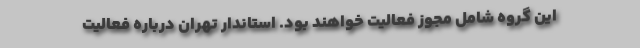
این گروه شامل مجوز فعالیت خواهند بود. استاندار تهران درباره فعالیت